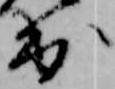
出